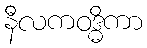
နီလကဝဒ္ဓိကာ